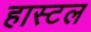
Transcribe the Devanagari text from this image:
हास्‍टल